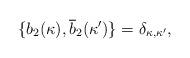
LaTeX: \begin{align*}\{b_{2}(\kappa),\overline{b}_{2}(\kappa')\}=\delta_{\kappa,\kappa'} ,\end{align*}